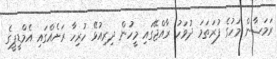
ރަމަޟާން މަހުގެ ފުރަތަމަ ދުވަހު ރާއްޖޭގައި މީހުން ދިރިއުޅޭ ހުރިހާ ރަށެއްގައި އެމްޑީޕީގެ